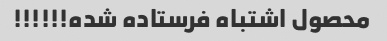
محصول اشتباه فرستاده شده!!!!!!